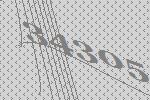
34305